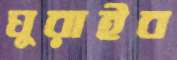
ঘুরাইব